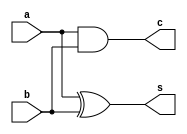
module Bh_HalfAdder(a,b,s,c);
  output reg s,c;
  input a,b;
    always @(a or b)
    begin
      s=a^b;
      c=a&b;
    end
endmodule

module Bh_HalfAdder_tb;
  reg a,b;
  wire s,c;
  Bh_HalfAdder h1(a,b,s,c);
   
  always#10
    begin
      a=0;b=0;
      #10 a=0;b=1;
      #10 a=1;b=0;
      #10 a=1;b=1;
    end
endmodule

module Bh_FullAdder(a,b,cin,s,cout);
  input a,b,cin;
  output reg s,cout;
  
  always @(a,b,cin)
  begin
    s=a^b^cin;
    cout= ((a&b) + (b&cin) + (cin&a));
  end
endmodule

module Bh_FullAdder_tb;
  reg a,b,cin;
  wire s,cout;
  Bh_FullAdder f1(a,b,cin,s,cout);
  
  always 
  begin
    #10 a=0;b=0;cin=0;
    #10 a=0;b=0;cin=1;
    #10 a=0;b=1;cin=0;
    #10 a=0;b=1;cin=1;
    #10 a=1;b=0;cin=0;
    #10 a=1;b=0;cin=1;
    #10 a=1;b=1;cin=0;
    #10 a=1;b=1;cin=1;
  end
endmodule